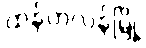
ထန်တလန်မြို့